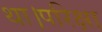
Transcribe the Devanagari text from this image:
था।परिक्षा